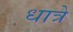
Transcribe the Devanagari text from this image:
धात्रे